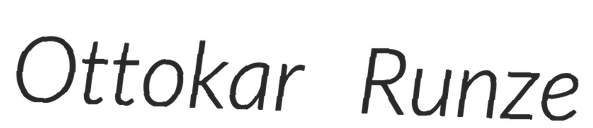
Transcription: Ottokar Runze